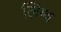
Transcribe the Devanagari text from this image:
लिंग्व